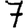
Digit: 7